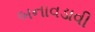
બનાવડાવી